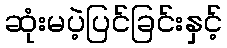
ဆုံးမပဲ့ပြင်ခြင်းနှင့်